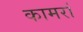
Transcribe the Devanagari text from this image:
कामरां